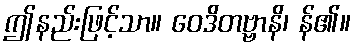
ဤနည်းဖြင့်သာ။ ဝေဒိတဗ္ဗာနိ၊ န်၏။